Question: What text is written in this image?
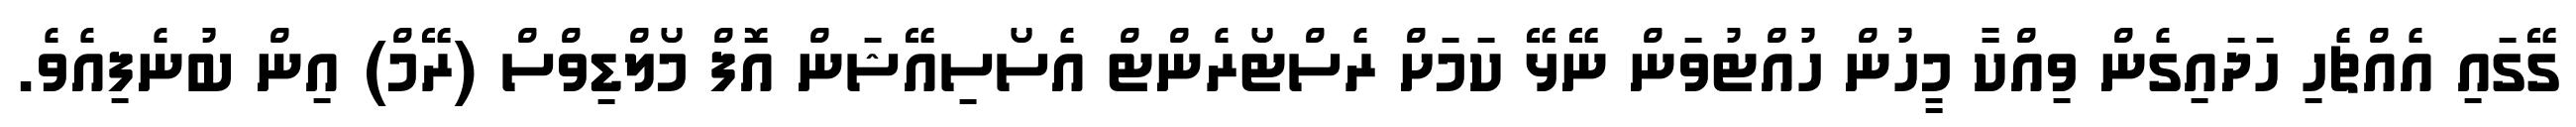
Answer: ގޭގައި އެއްޗެހި ހަދައިގެން ވިއްކާ މީހުން ހުއްޓުވަން ނޭޅޭ ކަމަށް ރެސްޓޯރެންޓް އެސޯސިއޭޝަން އޮފް މޯލްޑިވްސް (ރޭމް) އިން ބުނެފިއެވެ.